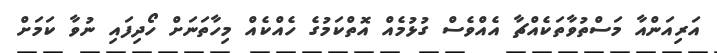
އަރިއަންއާ މަސްތުވާތަކެއްޗާ އެއްވެސް ގުޅުމެއް އޮތްކަމުގެ ހެއްކެއް މިހާތަނަށް ހޯދިފައި ނުވާ ކަމަށް